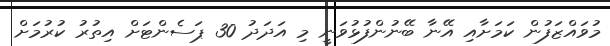
މުވައްޒަފުން ކަމަށާއި އޭނާ ބޭނުންފުޅުވަނީ މި އަދަދު 30 ޕަސެންޓަށް އިތުރު ކުރުމަށް